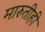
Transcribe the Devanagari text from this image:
मारुतीही